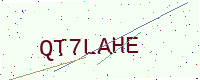
Text: QT7LAHE